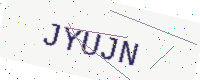
Text: JYUJN